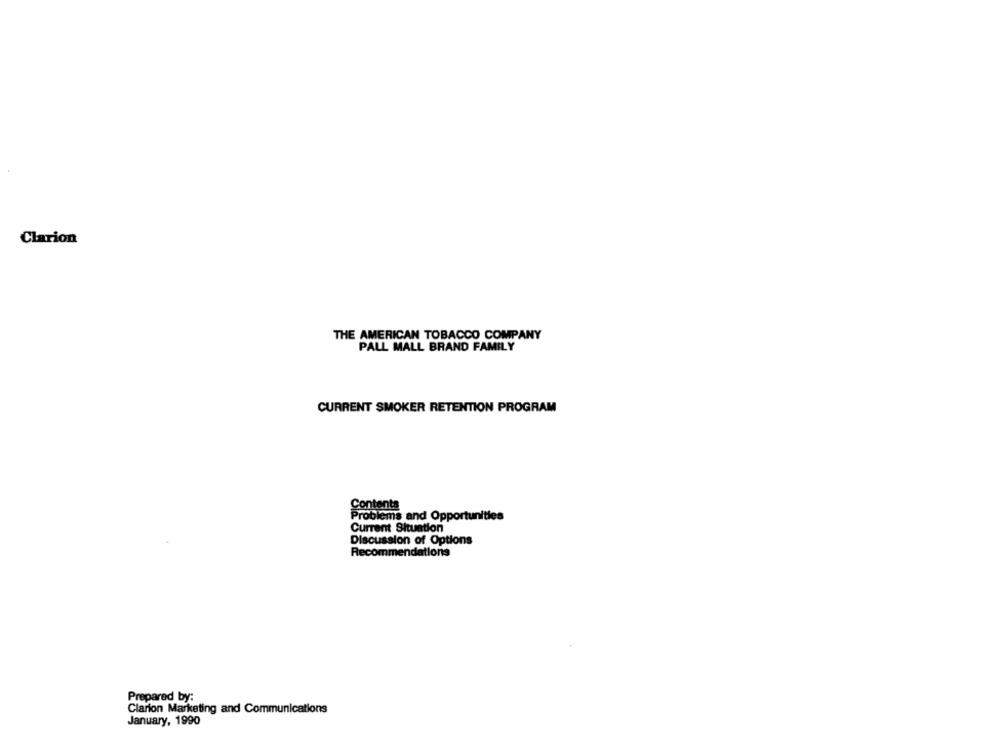
Clarion
THE AMERICAN TOBACCO COMPANY
PALL MALL BRAND FAMILY
CURRENT SMOKER RETENTION PROGRAM
Contents
Problems and Opportunities
Current Situation
Discussion of Options
Recommendations
Prepared by:
Clarion Marketing and Communications
January, 1990